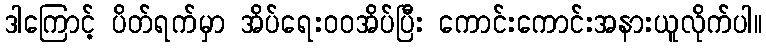
ဒါကြောင့် ပိတ်ရက်မှာ အိပ်ရေးဝဝအိပ်ပြီး ကောင်းကောင်းအနားယူလိုက်ပါ။